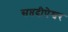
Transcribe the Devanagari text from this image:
सप्तदीपेश्वर